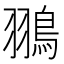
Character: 翵